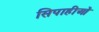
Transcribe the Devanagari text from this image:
सिपाहीओं